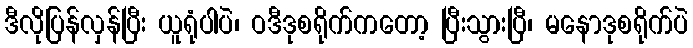
ဒီလိုပြန်လှန်ပြီး ယူရုံပါပဲ၊ ဝဒီဒုစရိုက်ကတော့ ပြီးသွားပြီ၊ မနောဒုစရိုက်ပဲ